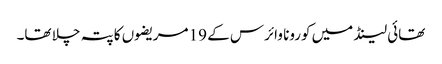
تھائی لینڈ میں کورونا وائرس کے 19 مریضوں کا پتہ چلا تھا۔